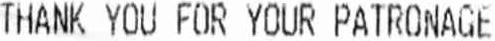
THANK YOU FOR YOUR PATRONAGE